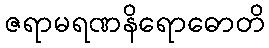
ဇရာမရဏနိရောဓောတိ